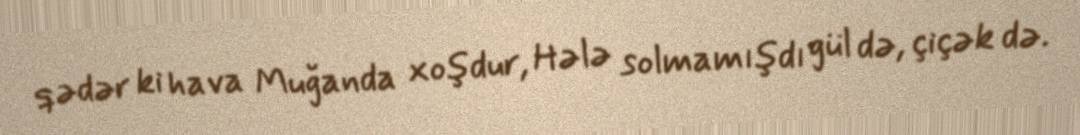
qədər ki hava Muğanda xoşdur, Hələ solmamışdı gül də, çiçək də.